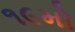
૧૯મો